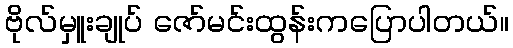
ဗိုလ်မှူးချုပ် ဇော်မင်းထွန်းကပြောပါတယ်။